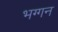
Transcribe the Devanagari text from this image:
भग्गन